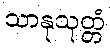
သာနုသုတ္တံ